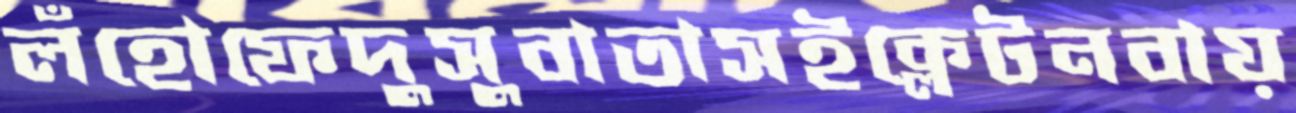
লঁহোফেদুসুবাতাসইক্লেটনবায়